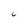
Character: C